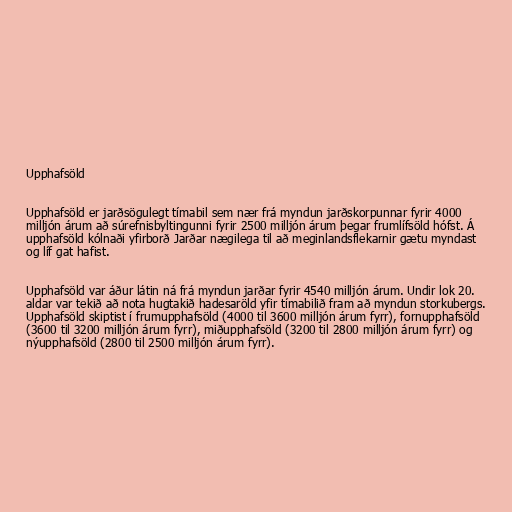
Upphafsöld

Upphafsöld er jarðsögulegt tímabil sem nær frá myndun jarðskorpunnar fyrir 4000
milljón árum að súrefnisbyltingunni fyrir 2500 milljón árum þegar frumlífsöld hófst. Á
upphafsöld kólnaði yfirborð Jarðar nægilega til að meginlandsflekarnir gætu myndast
og líf gat hafist.

Upphafsöld var áður látin ná frá myndun jarðar fyrir 4540 milljón árum. Undir lok 20.
aldar var tekið að nota hugtakið hadesaröld yfir tímabilið fram að myndun storkubergs.
Upphafsöld skiptist í frumupphafsöld (4000 til 3600 milljón árum fyrr), fornupphafsöld
(3600 til 3200 milljón árum fyrr), miðupphafsöld (3200 til 2800 milljón árum fyrr) og
nýupphafsöld (2800 til 2500 milljón árum fyrr).